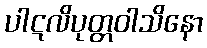
ပါဋလိပုတ္တဝါသိနော